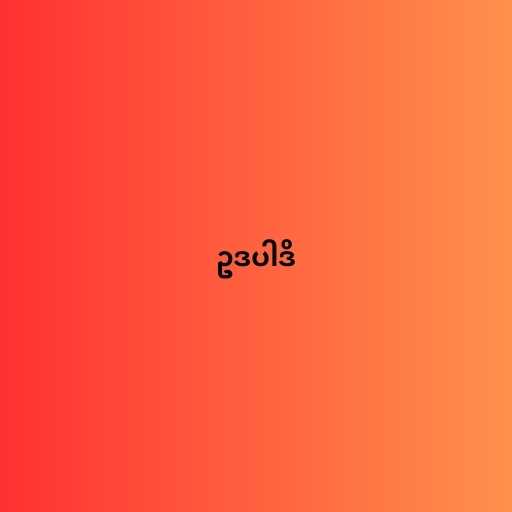
ဥဒပါဒိ